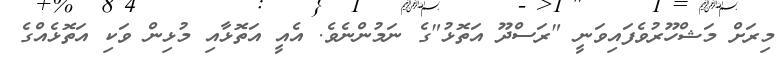
މިރަށް މަޝްހޫރުވެފައިވަނީ "ރަސްދޫ އަތޮޅު"ގެ ނަމުންނެވެ. އެއީ އަތޮޅާއި މުޅިން ވަކި އަތޮޅެއްގެ